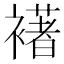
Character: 𮖺